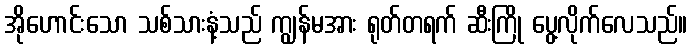
အိုဟောင်းသော သစ်သားနံ့သည် ကျွန်မအား ရုတ်တရက် ဆီးကြို ပွေ့လိုက်လေသည်။